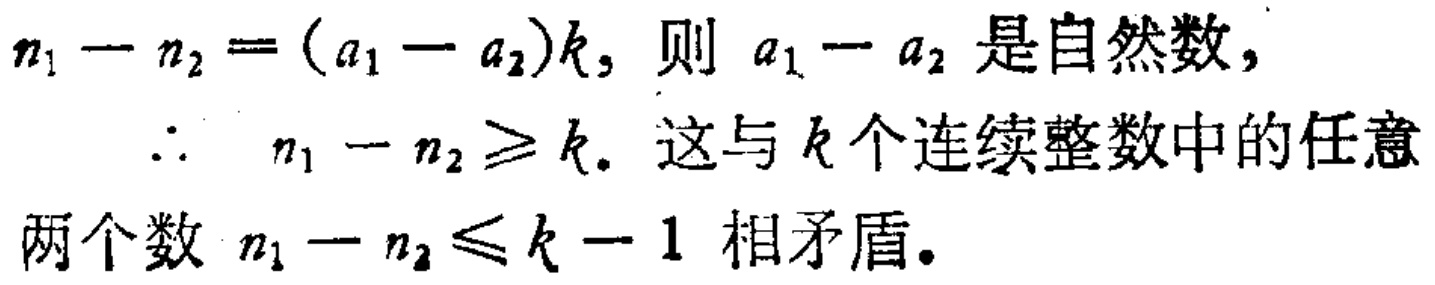
\(n_{1}-n_{2}=(a_{1}-a_{2})k,\) 则 \(a_{1}-a_{2}\) 是自然数,

\(\therefore\) \(n_{1}-n_{2}\geqslant k.\) 这与 \(k\) 个连续整数中的任意

两个数 \(n_{1}-n_{2}\leqslant k - 1\) 相矛盾.